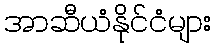
အာဆီယံနိုင်ငံများ